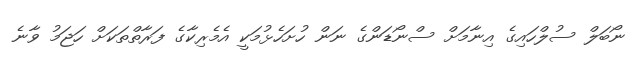
ނޯބަލް ސުލްހައިގެ އިނާމަށް ސްނޯޑަންގެ ނަން ހުށަހެޅުމަކީ އެމެރިކާގެ ފަރާތްތަކަށް ހަޖަމު ވާނެ